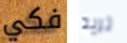
فكي تريد